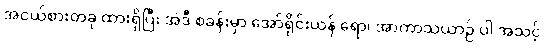
အငယ်စားတခု ထားရှိပြီး အဲဒီ စခန်းမှာ အော်ရိုင်းယန် ရော၊ အာကာသယာဉ် ပါ အသင့်